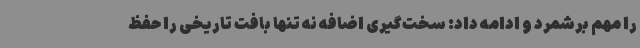
را مهم برشمرد و ادامه داد: سخت‌گیری اضافه نه تنها بافت تاریخی را حفظ